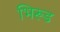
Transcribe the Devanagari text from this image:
भिरूड